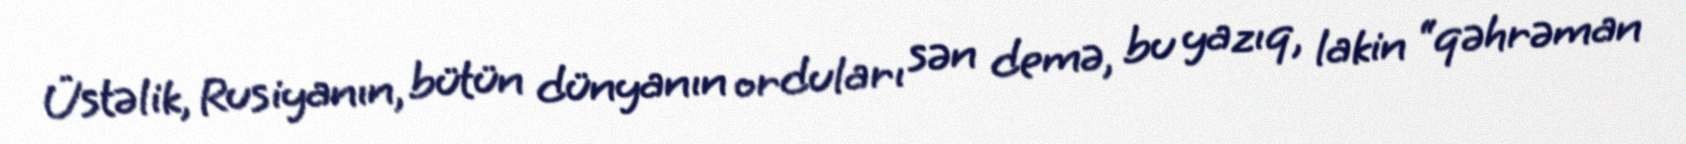
Üstəlik, Rusiyanın, bütün dünyanın orduları sən demə, bu yazıq, lakin “qəhrəman